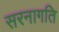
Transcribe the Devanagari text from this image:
सरनागति